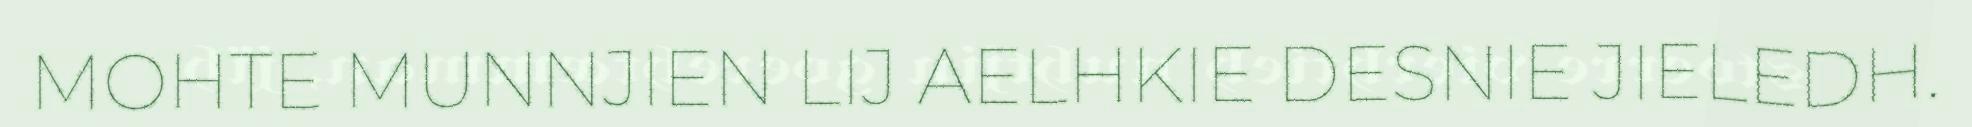
MOHTE MUNNJIEN LIJ AELHKIE DESNIE JIELEDH.